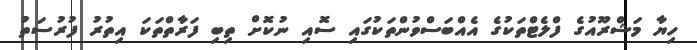
ހިޔާ މަޝްރޫއުގެ ފްލެޓްތަކުގެ އެއްބަސްވުންތަކުގައި ސޮއި ނުކޮށް ތިބި ފަރާތްތަކަ އިތުރު ފުރުސަތު